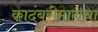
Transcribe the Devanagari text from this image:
कादंबरीमागचा